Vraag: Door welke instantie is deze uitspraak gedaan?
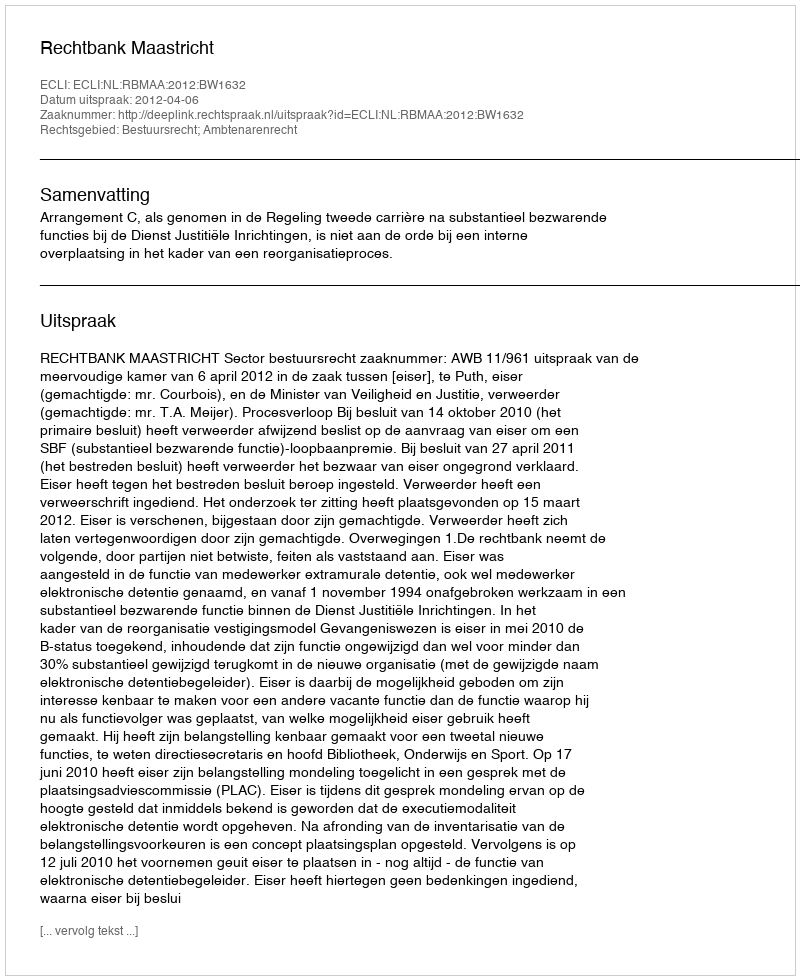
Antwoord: Rechtbank Maastricht